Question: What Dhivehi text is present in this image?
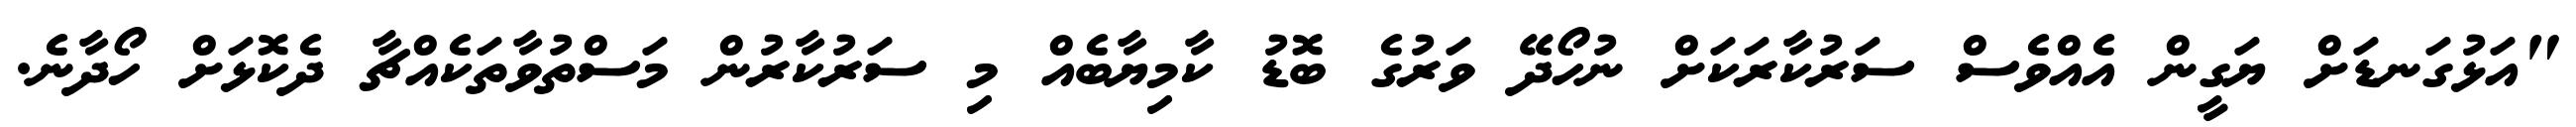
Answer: "އަޅުގަނޑަށް ޔަގީން އެއްވެސް ސަރުކާރަކަށް ނުހޯދޭ ވަރުގެ ބޮޑު ކާމިޔާބެއް މި ސަރުކާރުން މަސްތުވާތަކެއްޗާ ދެކޮޅަށް ހޯދާނެ.